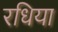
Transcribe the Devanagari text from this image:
रधिया